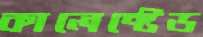
কালেক্টেড